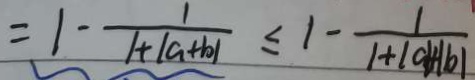
= 1 - \frac { 1 } { 1 + \vert a + b \vert } \leq 1 - \frac { 1 } { 1 + \vert a \vert + \vert b \vert }